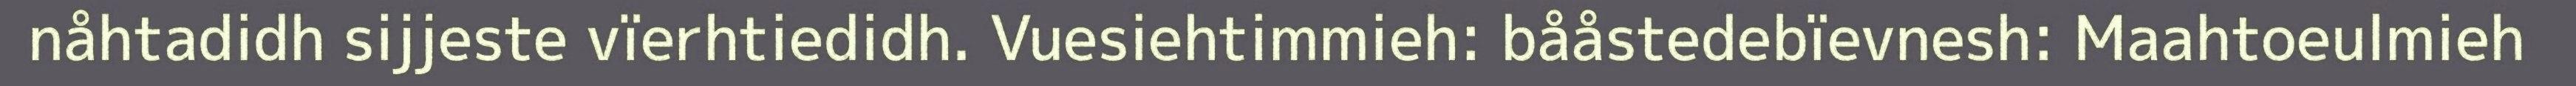
nåhtadidh sijjeste vïerhtiedidh. Vuesiehtimmieh: bååstedebïevnesh: Maahtoeulmieh